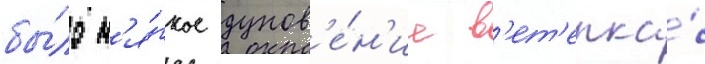
бы́ло м'я́гкое дунов'е́н'ие в'ет'ерка́